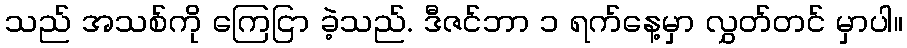
သည် အသစ်ကို ကြေငြာ ခဲ့သည်. ဒီဇင်ဘာ ၁ ရက်နေ့မှာ လွှတ်တင် မှာပါ။